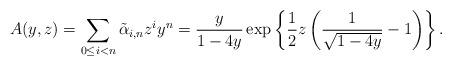
LaTeX: \begin{align*}A(y,z)=\sum_{0\leq i<n}\tilde\alpha_{i,n}z^{i}y^{n}={y\over1-4y}\exp\left\{\frac12z\left(\frac1{\sqrt{1-4y}}-1\right)\right\}.\end{align*}